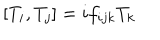
LaTeX: \left[ T _ { i } , T _ { j } \right] = i f _ { i j k } T _ { k }